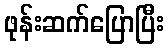
ဖုန်းဆက်ပြောပြီး